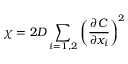
\chi = 2 D \sum _ { i = 1 , 2 } \left( \frac { \partial C } { \partial x _ { i } } \right) ^ { 2 }